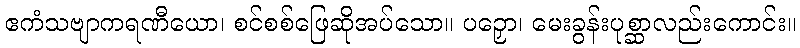
ဧကံသဗျာကရဏီယော၊ စင်စစ်ဖြေဆိုအပ်သော။ ပဉှော၊ မေးခွန်းပုစ္ဆာလည်းကောင်း။